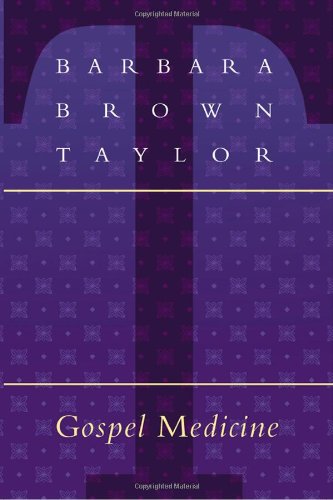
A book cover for Gospel Medicine; Barbara Taylor; Christian Books & Bibles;